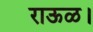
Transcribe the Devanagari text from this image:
राऊळ।